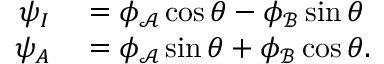
\begin{array} { r l } { \psi _ { I } } & { { } = \phi _ { \mathcal { A } } \cos \theta - \phi _ { \mathcal { B } } \sin \theta } \\ { \psi _ { A } } & { { } = \phi _ { \mathcal { A } } \sin \theta + \phi _ { \mathcal { B } } \cos \theta . } \end{array}